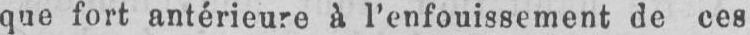
que fort antérieure à l’enfouissement de ces